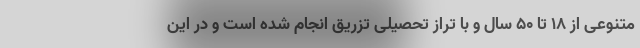
متنوعی از ۱۸ تا ۵۰ سال و با تراز تحصیلی تزریق انجام شده است و در این